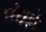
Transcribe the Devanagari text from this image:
पंथके